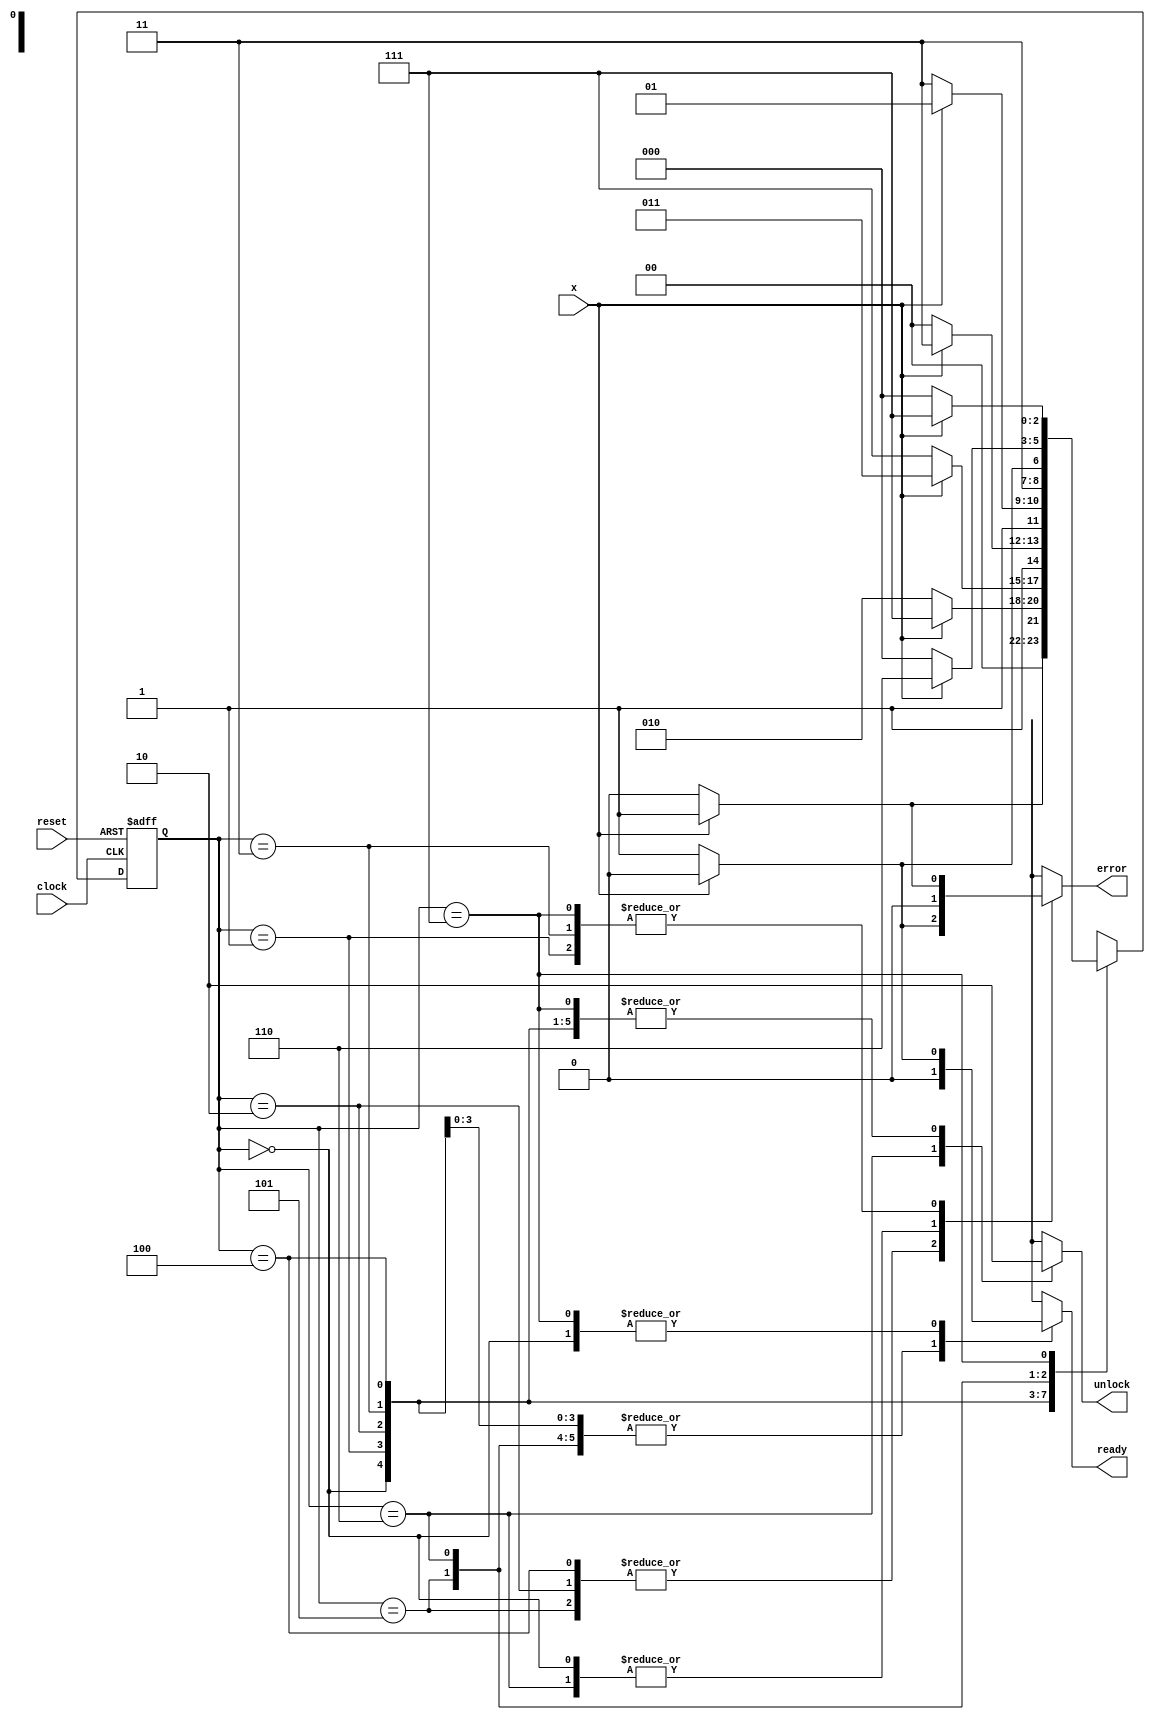
module lock
(
    input  wire      clock,
    input  wire      reset,
    input  wire      x,
    output reg      ready,
    output reg      unlock,
    output reg      error
);

  reg [2:0] state;
  reg [2:0] next_state;

  localparam s_reset=3'b000,
             s1=3'b001,
             s2=3'b010,
             s3=3'b011,
             s4=3'b100,
             s5=3'b101,
             open=3'b110, 
             s_error=3'b111;

  always @ (posedge clock, posedge reset) begin
     if(reset)
      state <= s_reset;
    else
      state <= next_state;
  end

  always @ * begin
    case(state)
      s_reset : if(x==1'b1) begin 
                  next_state = s1; 
                  unlock = 1'b0;
                  ready = 1'b0;
                  error = 1'b0; 
                end
                else begin
                  next_state = s_reset;
                  unlock = 1'b0;
                  ready = 1'b1;
                  error = 1'b0; 
                end

      s1      : if(x==1'b0) begin 
                  next_state = s2; 
                  unlock = 1'b0;
                  ready = 1'b0;
                  error = 1'b0; 
                end
                else begin
                  next_state = s_error;
                  unlock = 1'b0;
                  ready = 1'b0;
                  error = 1'b1; 
                end

      s2      : if(x==1'b1) begin 
                  next_state = s3; 
                  unlock = 1'b0;
                  ready = 1'b0;
                  error = 1'b0; 
                end
                else begin
                  next_state = s_error;
                  unlock = 1'b0;
                  ready = 1'b0;
                  error = 1'b1; 
                end

      s3      : if(x==1'b0) begin 
                  next_state = s4; 
                  unlock = 1'b0;
                  ready = 1'b0;
                  error = 1'b0; 
                end
                else begin
                  next_state = s_error;
                  unlock = 1'b0;
                  ready = 1'b0;
                  error = 1'b1; 
                end

      s4      : if(x==1'b1) begin 
                  next_state = s5; 
                  unlock = 1'b0;
                  ready = 1'b0;
                  error = 1'b0; 
                end
                else begin
                  next_state = s_error;
                  unlock = 1'b0;
                  ready = 1'b0;
                  error = 1'b1; 
                end

      s5      : if(x==1'b1) begin 
                  next_state = open; 
                  unlock = 1'b0;
                  ready = 1'b0;
                  error = 1'b0; 
                end
                else begin
                  next_state = s_error;
                  unlock = 1'b0;
                  ready = 1'b0;
                  error = 1'b1; 
                end

      open    : if(x==1'b0) begin 
                  next_state = s_reset; 
                  unlock = 1'b1;
                  ready = 1'b0;
                  error = 1'b0; 
                end
                else begin
                  next_state = open;
                  unlock = 1'b1;
                  ready = 1'b0;
                  error = 1'b0; 
                end

      s_error  : if(x==1'b0) begin 
                  next_state = s_reset; 
                  unlock = 1'b0;
                  ready = 1'b1;
                  error = 1'b0; 
                end
                else begin
                  next_state = s_error;
                  unlock = 1'b0;
                  ready = 1'b0;
                  error = 1'b1; 
                end   

      default : begin
                  next_state = s_reset;
                  unlock = 1'b0;
                  ready = 1'b1;
                  error = 1'b0; 
                end
    endcase
  end   

endmodule